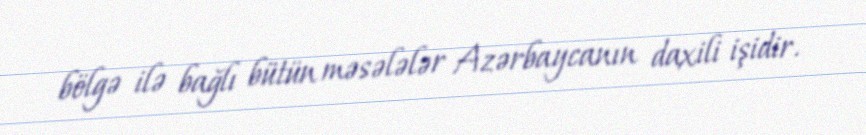
bölgə ilə bağlı bütün məsələlər Azərbaycanın daxili işidir.